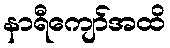
နာရီကျော်အထိ